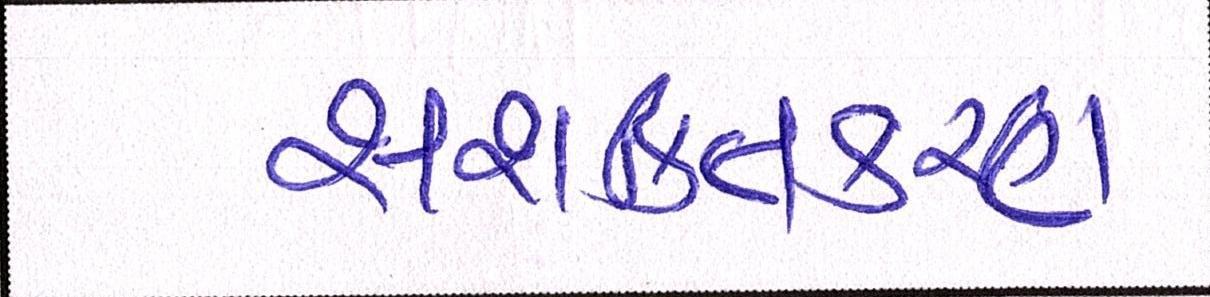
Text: સશક્તિકરણ